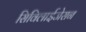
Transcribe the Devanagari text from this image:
सिविलाईजेसन